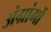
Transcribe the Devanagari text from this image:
अंग्रांगों